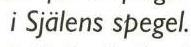
 i Själens spegel.